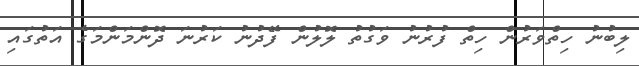
ލިބުނު ހިތްވަރުން ހިތް ފުރުނު ވަގުތު ލޮލުން ފޭދުނު ކަރުނަ ދޮންމަންމަގެ އަތުގައި